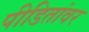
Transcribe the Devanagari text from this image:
पीडितांवर